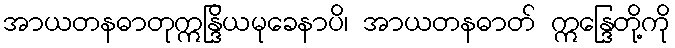
အာယတနဓာတုဣန္ဒြိယမုခေနာပိ၊ အာယတနဓာတ် ဣန္ဒြေတို့ကို